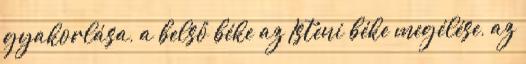
gyakorlása, a belső béke az Isteni béke megélése, az